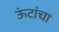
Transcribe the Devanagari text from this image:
ऊंटांचा